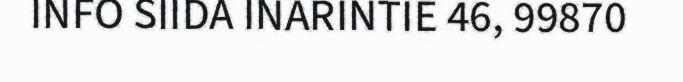
INFO SIIDA INARINTIE 46, 99870